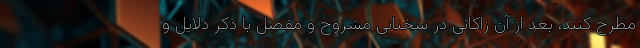
مطرح کنند، بعد از آن زاکانی در سخنانی مشروح و مفصل با ذکر دلایل و